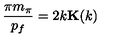
\frac { \pi m _ { \pi } } { p _ { f } } = 2 k { \bf K } ( k )